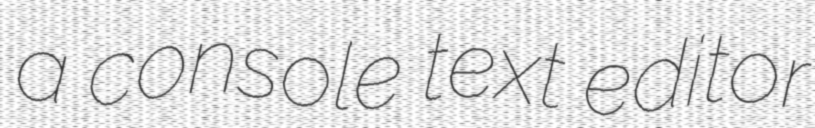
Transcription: a console text editor